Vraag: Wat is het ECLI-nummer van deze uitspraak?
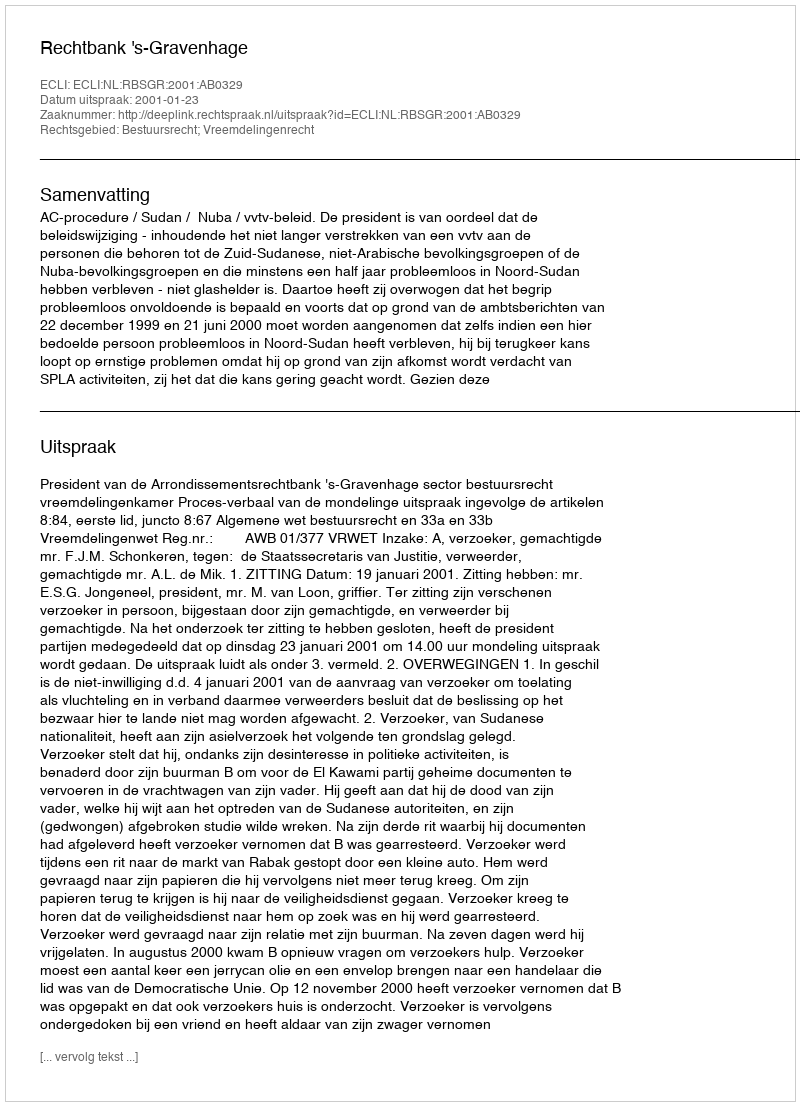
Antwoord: ECLI:NL:RBSGR:2001:AB0329